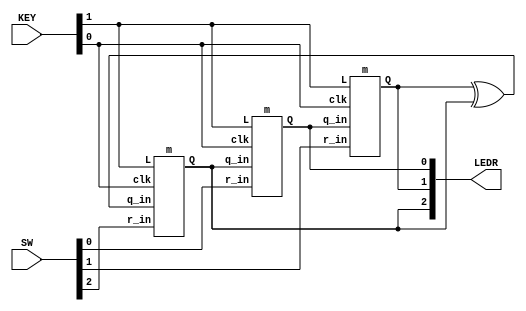
module top_module (
	input [2:0] SW,      // R
	input [1:0] KEY,     // L and clk
	output [2:0] LEDR);  // Q
    m ins1(KEY[0],KEY[1],SW[0],LEDR[2],LEDR[0]);
    m ins2(KEY[0],KEY[1],SW[1],LEDR[0],LEDR[1]);
    m ins3(KEY[0],KEY[1],SW[2],LEDR[1]^LEDR[2],LEDR[2]);
endmodule

module m (
	input clk,
	input L,
	input r_in,
	input q_in,
	output reg Q);
    always @(posedge clk) begin
        if(L) begin
            Q<=r_in;
        end
        else Q<=q_in;
    end
endmodule